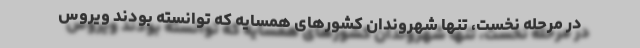
در مرحله نخست، تنها شهروندان کشورهای همسایه که توانسته‌ بودند ویروس